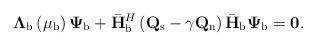
LaTeX: \begin{align*}{\boldsymbol\Lambda}_{\rm b}\left(\mu_{\rm b}\right){\boldsymbol\Psi}_{\rm b} + \bar{\bf H}_{\rm b}^H\left({\bf Q}_{\rm s} - \gamma{\bf Q}_{\rm n}\right)\bar{\bf H}_{\rm b}{\boldsymbol\Psi}_{\rm b} = {\bf 0}.\end{align*}